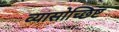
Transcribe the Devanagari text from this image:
व्यासोच्छिष्ट